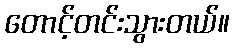
တောင့်တင်းသွားတယ်။